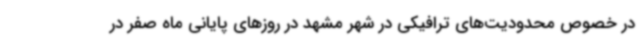
در خصوص محدودیت‌های ترافیکی در شهر مشهد در روزهای پایانی ماه صفر در